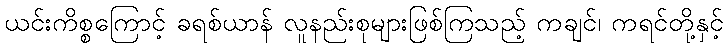
ယင်းကိစ္စကြောင့် ခရစ်ယာန် လူနည်းစုများဖြစ်ကြသည့် ကချင်၊ ကရင်တို့နှင့်